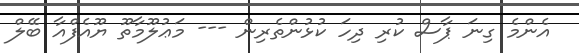
އެންމެ ގިނަ ޕާސް ކުރި ދިހަ ކުޅުންތެރިން --- މަޢުލޫމާތޫ ޔޫއެފްއާ ބޭލް